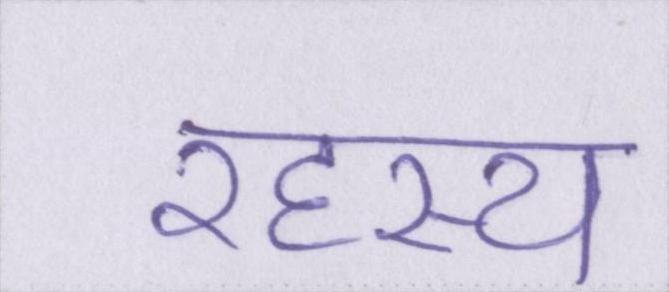
रहस्य